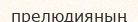
прелюдияның